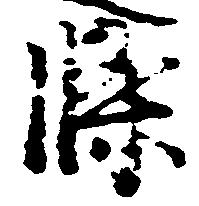
条